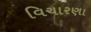
વિચારણા